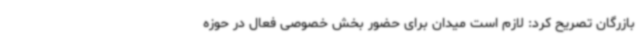
بازرگان تصریح کرد: لازم است میدان برای حضور بخش خصوصی فعال در حوزه